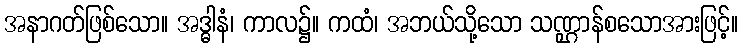
အနာဂတ်ဖြစ်သော။ အဒ္ဓါနံ၊ ကာလ၌။ ကထံ၊ အဘယ်သို့သော သဏ္ဌာန်စသောအားဖြင့်။